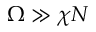
\Omega \gg \chi N